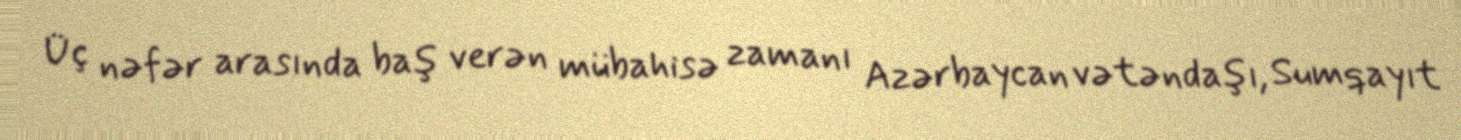
Üç nəfər arasında baş verən mübahisə zamanı Azərbaycan vətəndaşı, Sumqayıt